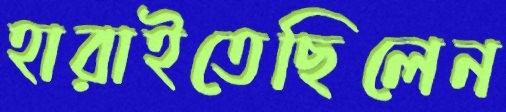
হারাইতেছিলেন